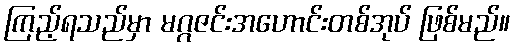
ကြည့်ရသည်မှာ မဂ္ဂဇင်းအဟောင်းတစ်အုပ် ဖြစ်မည်။